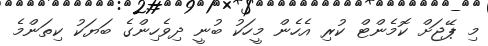
މި ޕޭޖަށް ކޮމެންޓް ކުރި އެހެން މީހަކު ބުނީ ދިވެހިންގެ ބަޔަކު ކިތަންމެ